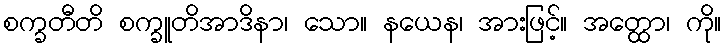
စက္ခတီတိ စက္ခူတိအာဒိနာ၊ သော။ နယေန၊ အားဖြင့်။ အတ္ထော၊ ကို။